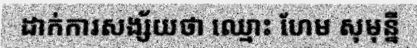
ដាក់ការសង្ស័យថា ឈ្មោះ ហែម សុមុន្នី